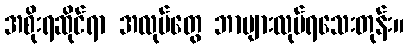
အစိုးရဆိုင်ရာ အလုပ်တွေ ဘာများလုပ်ရသေးတုန်း။